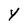
Character: Y